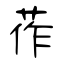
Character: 莋